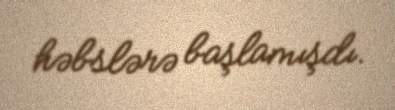
həbslərə başlamışdı.